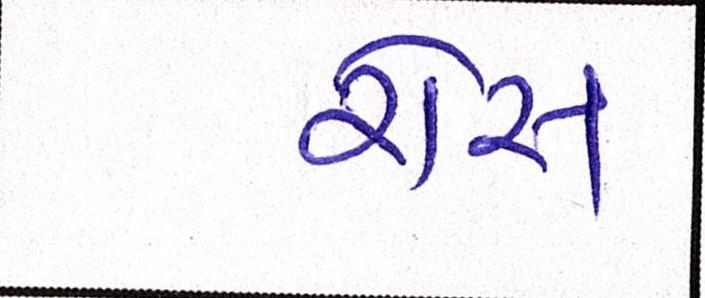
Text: રોસ